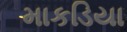
માકડિયા